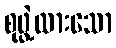
စုဖွဲ့ထားသော